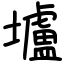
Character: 壚